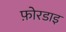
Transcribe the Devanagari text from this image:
फ़ोरडाइ